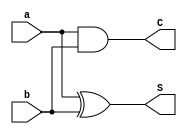
`timescale 1ns / 1ps
//////////////////////////////////////////////////////////////////////////////////
// Company: 
// Engineer: 
// 
// Design Name: 
// Module Name: halfadder
// Project Name: 
// Target Devices: 
// Tool Versions: 
// Description: 
// 
// Dependencies: 
// 
// Revision:
// Revision 0.01 - File Created
// Additional Comments:
// 
//////////////////////////////////////////////////////////////////////////////////


module halfadder(
    input a,
    input b,
    output C,
    output S
    );
    assign S=a^b;
    assign C=a&b;
endmodule